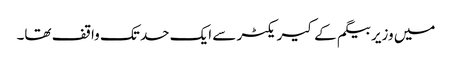
میں وزیر بیگم کے کیریکٹر سے ایک حد تک واقف تھا۔